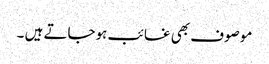
موصوف بھی غائب ہوجاتے ہیں ۔